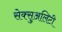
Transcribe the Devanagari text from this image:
सेक्सुअलिटी